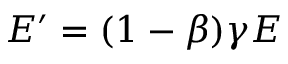
E ^ { \prime } = ( 1 - \beta ) \gamma E